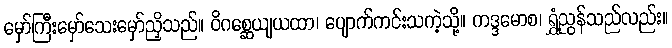
မှော်ကြီးမှော်သေးမှော်ညှိသည်။ ဝိဂစ္ဆေယျယထာ၊ ပျောက်ကင်းသကဲ့သို့။ ကဒ္ဒမောစ၊ ရွှံ့ညွန်သည်လည်း။